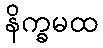
နိက္ခမထ